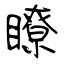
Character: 瞭